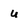
Character: u